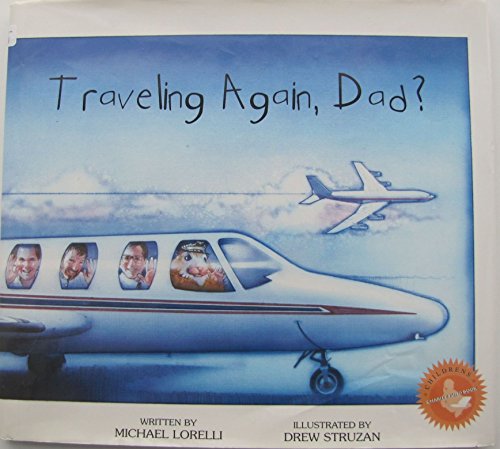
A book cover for Traveling Again, Dad?; Michael Lorelli; Travel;